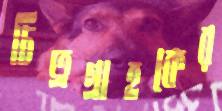
চিত্রগ্রাহকের